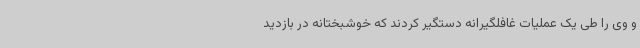
و وی را طی یک عملیات غافلگیرانه دستگیر کردند که خوشبختانه در بازدید